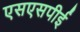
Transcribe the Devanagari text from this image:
एसएसपीई